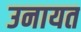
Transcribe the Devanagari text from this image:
उनायत